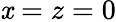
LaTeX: \mathit{x}=z=0